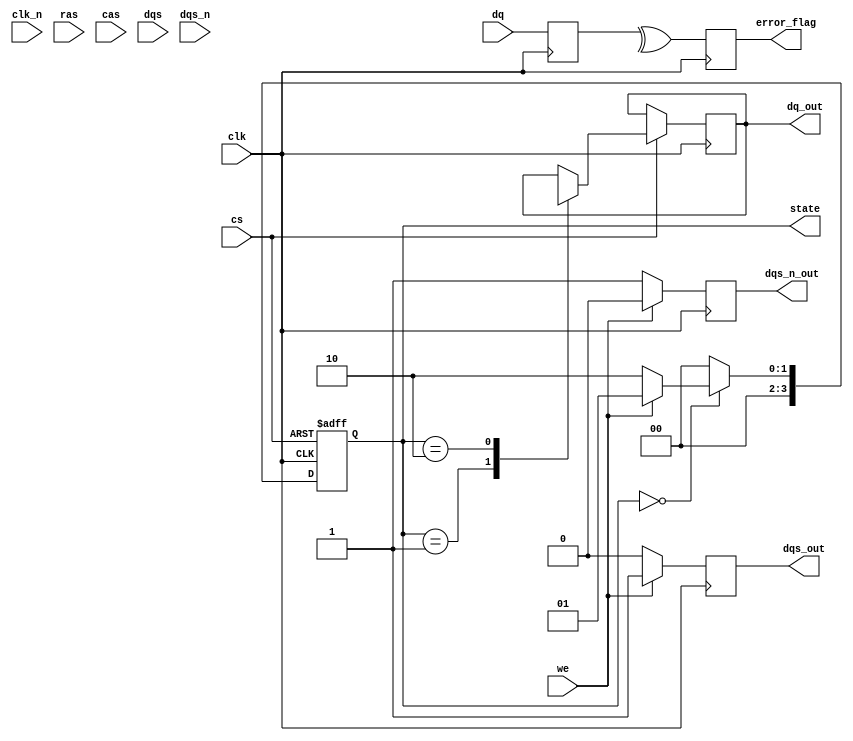
module gddr5x_io_block (
    input wire clk,          // Clock input
    input wire clk_n,        // Inverted clock input
    input wire cs,          // Chip Select
    input wire we,          // Write Enable
    input wire ras,         // Row Address Strobe
    input wire cas,         // Column Address Strobe
    input wire [15:0] dq,   // Data lines (16 bits)
    input wire [15:0] dqs,  // Data Strobe
    input wire [15:0] dqs_n, // Inverted Data Strobe
    output reg [15:0] dq_out, // Output Data lines
    output reg dqs_out,     // Output Data Strobe
    output reg dqs_n_out,   // Output Inverted Data Strobe
    output reg error_flag,   // Error flag for ECC
    output reg [3:0] state   // State for configuration
);

// Parameters for timing and states
parameter IDLE = 4'b0000;
parameter WRITE = 4'b0001;
parameter READ = 4'b0010;
parameter CONFIG = 4'b0011;

// Internal signals for ECC and write leveling
reg [15:0] data_buffer;
reg [15:0] ecc_buffer;

// Clock management (PLL/DLL) would typically be instantiated here

// State machine for configuration and operation
always @(posedge clk or negedge cs) begin
    if (!cs) begin
        state <= IDLE;
    end else begin
        case (state)
            IDLE: begin
                if (we) begin
                    state <= WRITE;
                end else if (!we) begin
                    state <= READ;
                end
            end
            WRITE: begin
                // Write operation
                dq_out <= dq; // Capture input data
                // ECC logic would be implemented here
                // Write leveling logic would be implemented here
                state <= IDLE; // Return to idle after write
            end
            READ: begin
                // Read operation
                dq_out <= data_buffer; // Output buffered data
                state <= IDLE; // Return to idle after read
            end
            CONFIG: begin
                // Configuration logic
                state <= IDLE; // Return to idle after config
            end
            default: state <= IDLE;
        endcase
    end
end

// Error detection and correction (ECC) logic
always @(posedge clk) begin
    // Simple parity check for demonstration
    ecc_buffer <= dq; // Capture data for ECC
    error_flag <= ^ecc_buffer; // Simple parity error flag
end

// Output DQS and DQS# generation
always @(posedge clk) begin
    if (we) begin
        dqs_out <= 1'b1; // Active high during write
        dqs_n_out <= 1'b0; // Active low during write
    end else begin
        dqs_out <= 1'b0; // Inactive during read
        dqs_n_out <= 1'b1; // Inactive during read
    end
end

endmodule